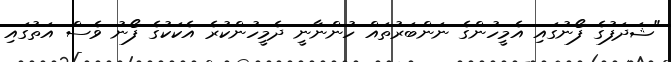
"ޝަދަފުގެ ފޯނުގައި އެމީހުންގެ ނަންބަރުތައް ހުންނާނީ ދެމީހުންކުރެ އެކަކުގެ ފޯނު ވެސް އަތުގައި